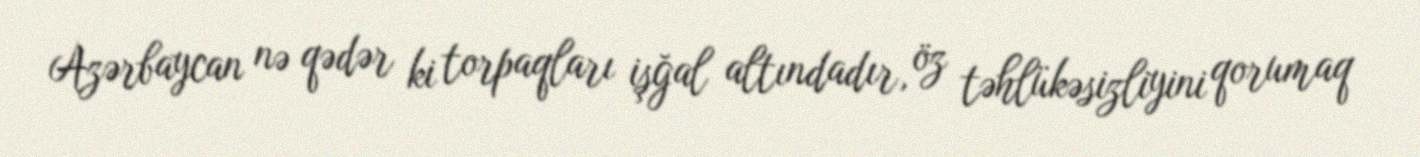
Azərbaycan nə qədər ki torpaqları işğal altındadır, öz təhlükəsizliyini qorumaq